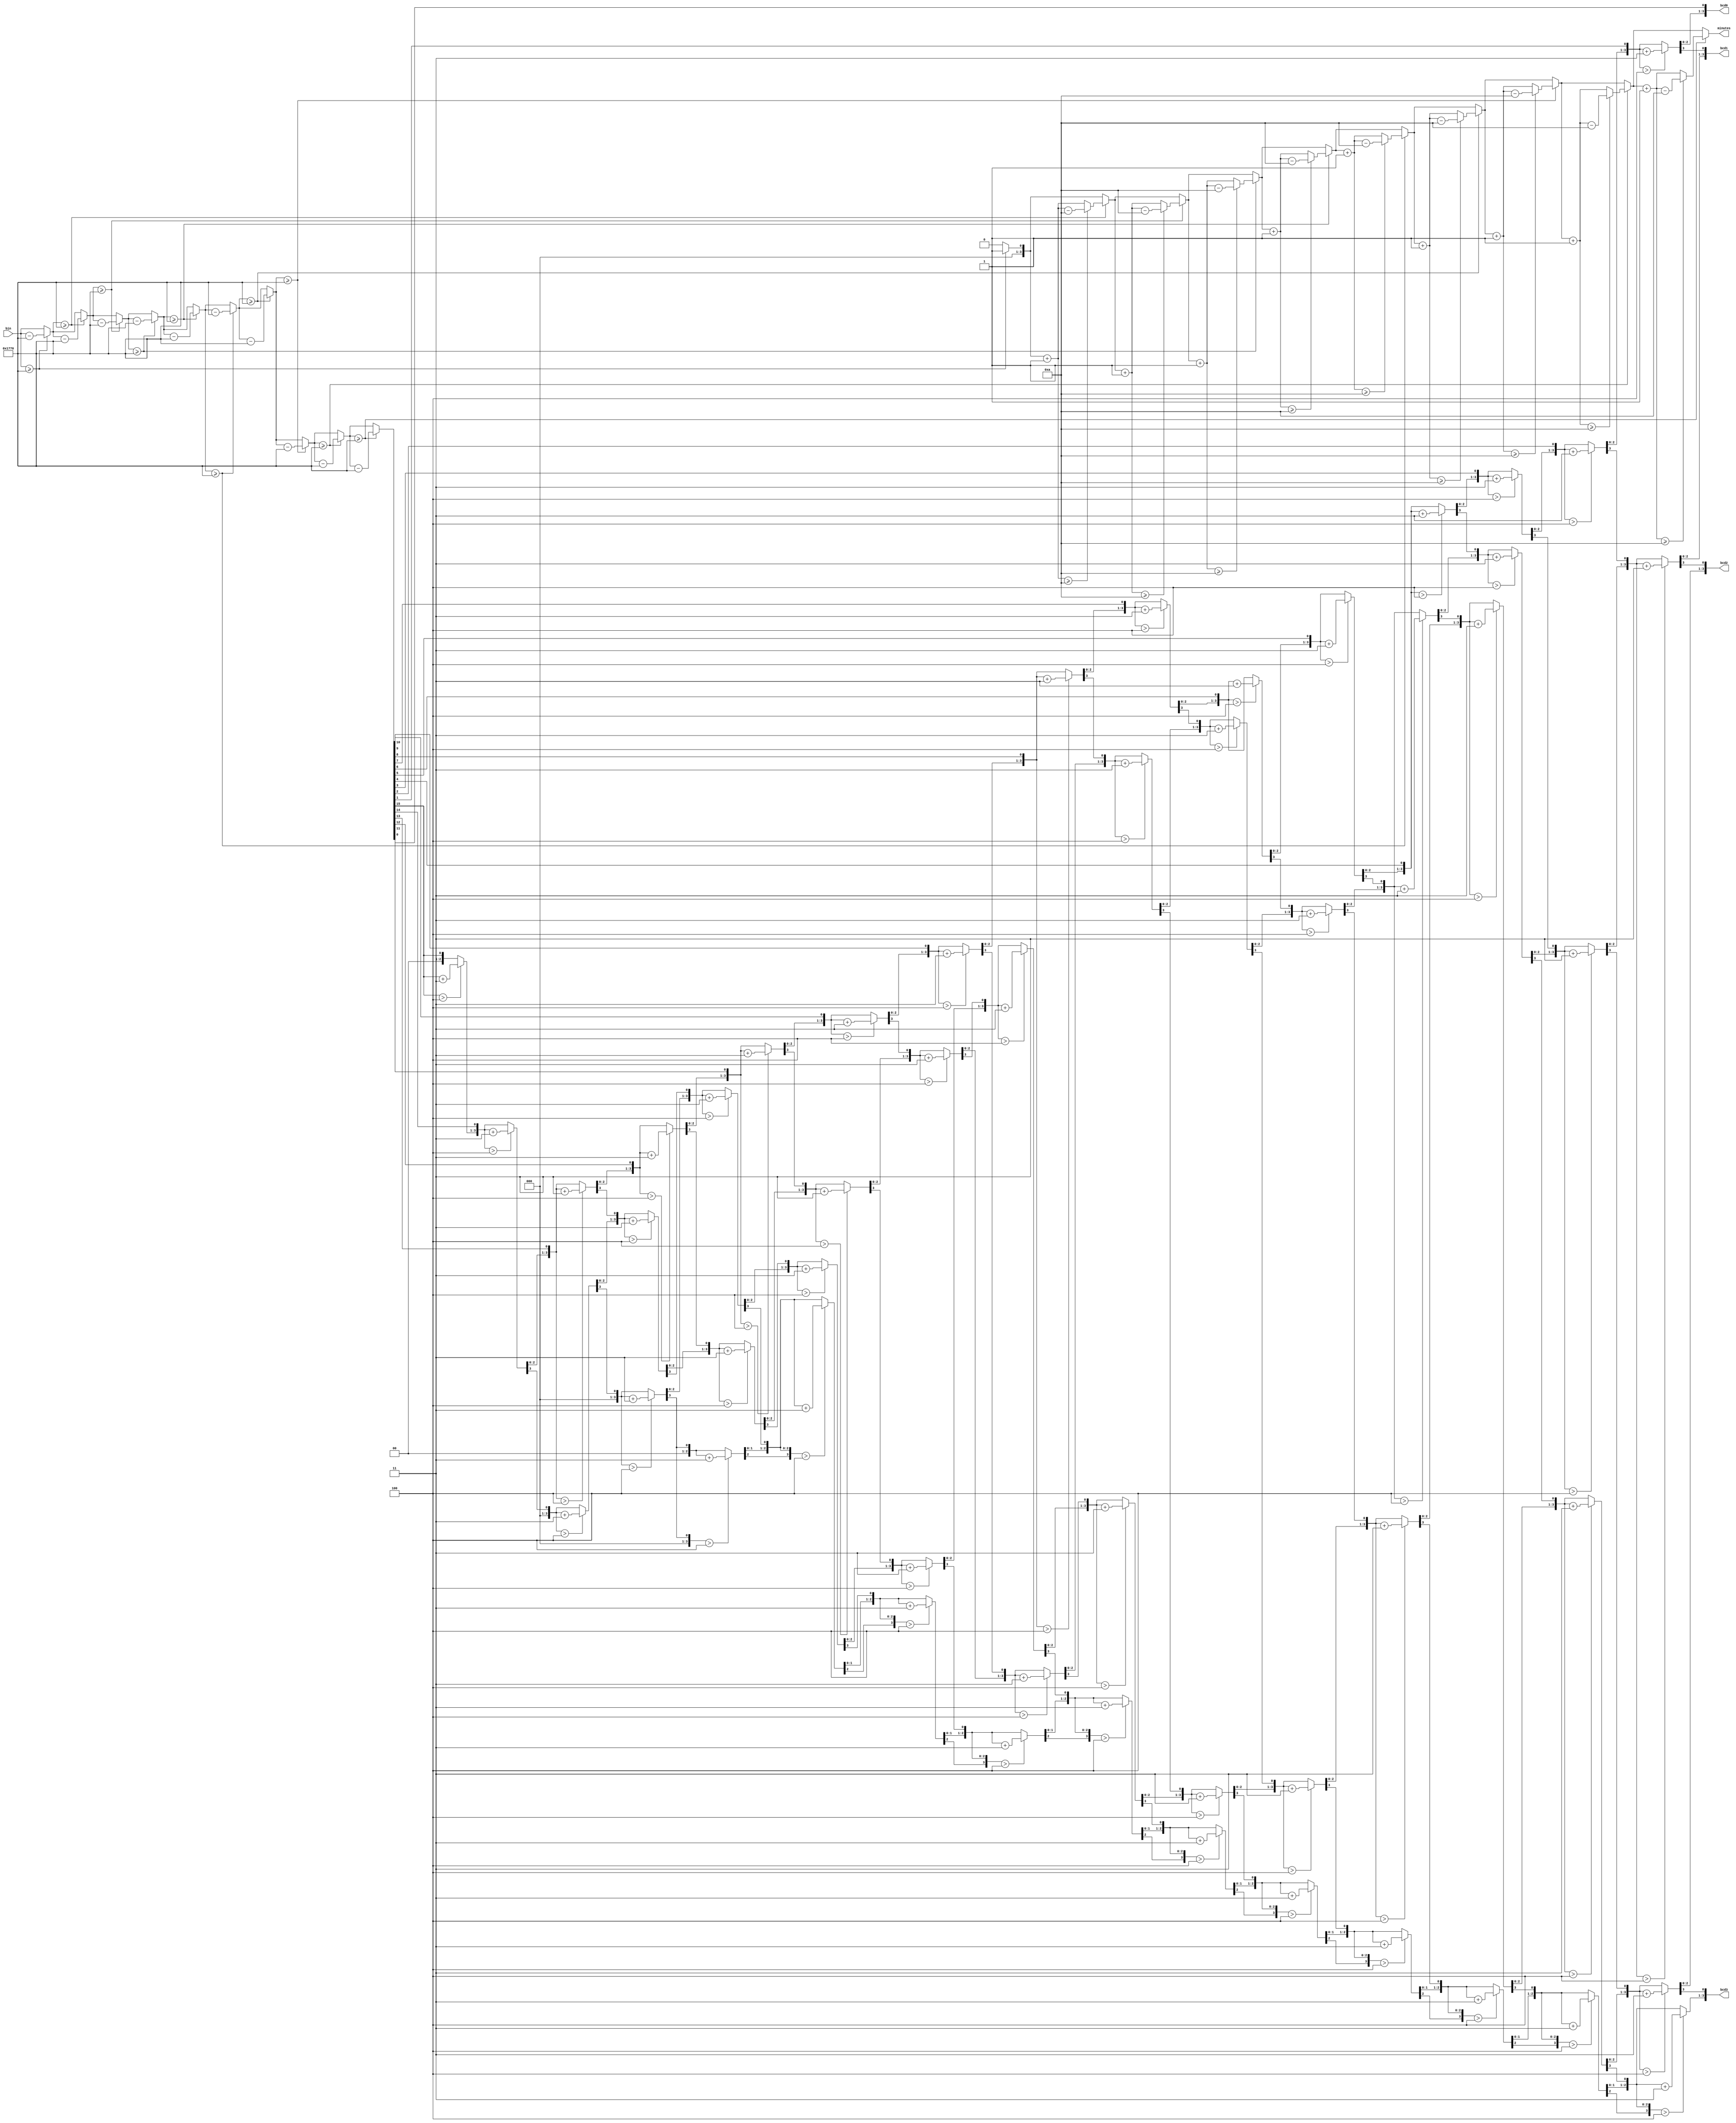
`timescale 1ns / 1ps
/******************************************************************************
 * (C) Copyright 2016 AGH UST All Rights Reserved
 *
 * MODULE:    bin2bcd
 * DEVICE:    general
 * PROJECT:   stopwatch
 *
 * ABSTRACT:  binary to BCD converter, three 8421 BCD digits
 *            Algorithm description:
 *            http://www.eng.utah.edu/~nmcdonal/Tutorials/BCDTutorial/BCDConversion.html
 *
 * HISTORY:
 * 1 Jan 2016, RS - initial version
 * 21 Jan 2020, DO - added bcd3(now it can convert 16b numbers)
 * 21 Jan 2020, DO - added minutes counter, minutes output; seconds reset after 60 seconds
 *
 *******************************************************************************/
module bin2bcd (
        input  wire [15:0] bin,  // input binary number
        output reg  [3:0]  bcd0, // LSB
        output reg  [3:0]  bcd1,
        output reg  [3:0]  bcd2,
        output reg  [3:0]  bcd3, //MSB
        output reg  [3:0]  minutes
    );
    
    reg [15:0] seconds;
    integer i;

    always @(bin)
    begin

        bcd0 = 0;
        bcd1 = 0;
        bcd2 = 0;
        bcd3 = 0;
        minutes = 0;
        seconds = bin;
        
        for ( i = 9; i >= 0; i = i - 1 )
        begin
            if ( seconds >= 6000  )
                begin
                    seconds = seconds - 6000;
                    minutes = minutes +1;
                    if(minutes >=10)
                    minutes = minutes-10;
                end
        end

        for ( i = 15; i >= 0; i = i - 1 )
        begin
            if( bcd0 > 4 ) bcd0 = bcd0 + 3;
            if( bcd1 > 4 ) bcd1 = bcd1 + 3;
            if( bcd2 > 4 ) bcd2 = bcd2 + 3;
            if( bcd3 > 4 ) bcd3 = bcd3 + 3;
            { bcd3[3:0], bcd2[3:0], bcd1[3:0], bcd0[3:0] } =
            { bcd3[2:0], bcd2[3:0], bcd1[3:0], bcd0[3:0], seconds[i] };
        end

    end

endmodule